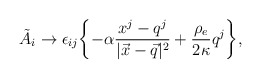
\begin{align*}\tilde{A}_i \rightarrow \epsilon_{ij} \biggl\{ -\alpha \frac{x^j-q^j}{|\vec{x}-\vec{q}|^2} + \frac{\rho_e}{ 2\kappa} q^j \biggr\},\end{align*}